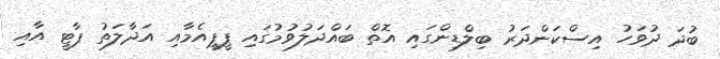
ބުދަ ދުވަހު އިސްކަންދަރު ބިލްޑިންގައި އޮތް ބައްދަލުވުމުގައި ޕީޕީއެމާއި އަދާލަތު ޕާޓީ އާއި